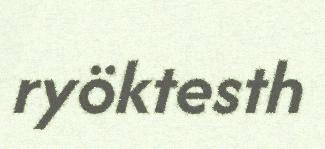
ryöktesth